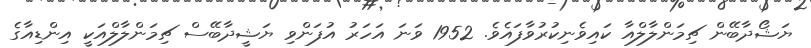
ޔަޝޯދާބޭން ޗިމަންލާލްއާ ކައިވެނިކުރުވާފައެވެ. 1952 ވަނަ އަހަރު އުފަންވި ޔަޝީދާބޭސް ޗިމަންލާލްއަކީ އިންޑިއާގެ